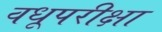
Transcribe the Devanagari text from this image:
वधूपरीक्षा